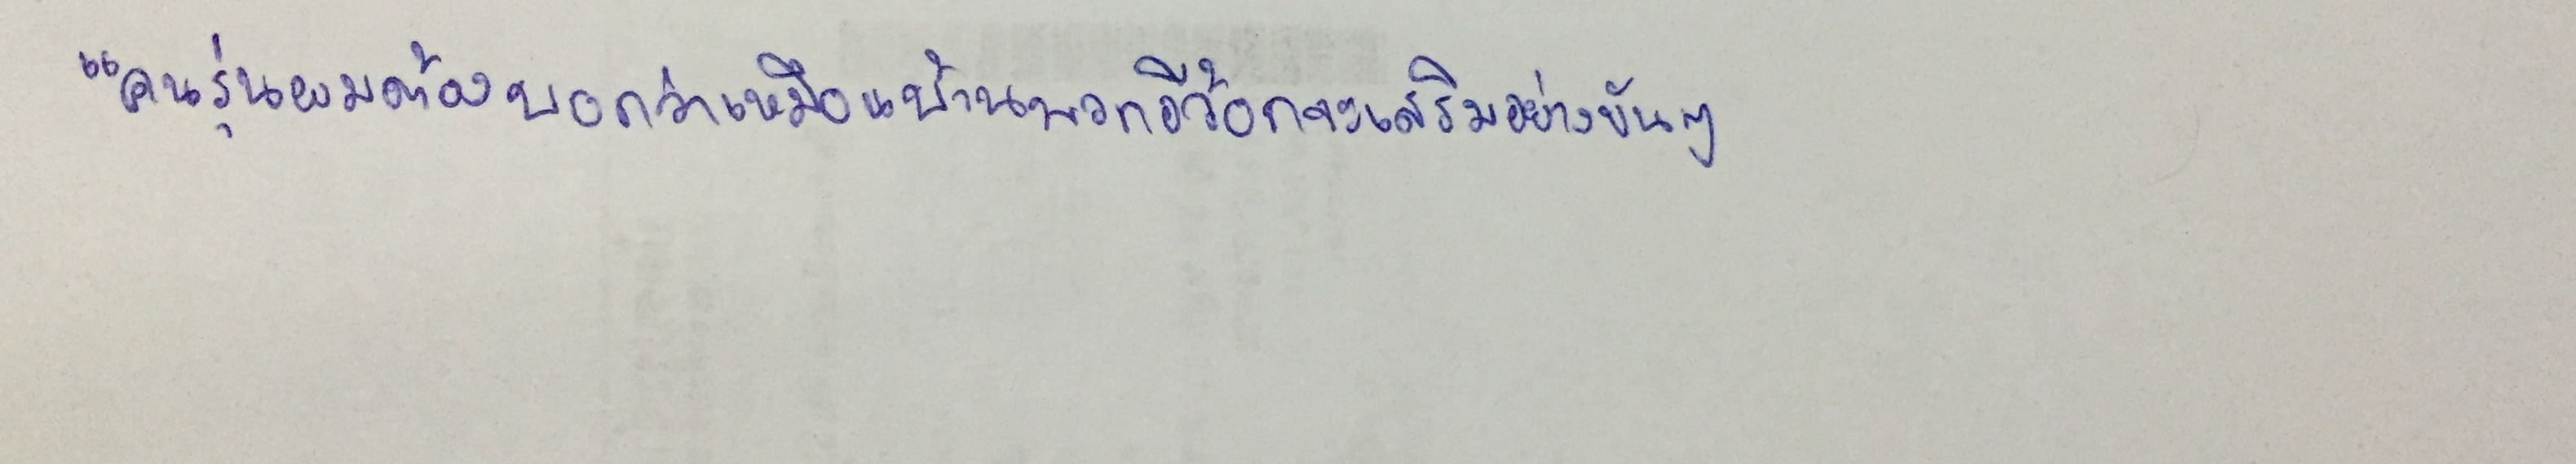
"คนรุ่นผมต้องบอกว่าเหมือนบ้านพวกอีว้อกจะเสริมอย่างขันๆ